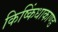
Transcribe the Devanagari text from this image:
किष्किंधाकाण्ड